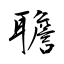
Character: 聸